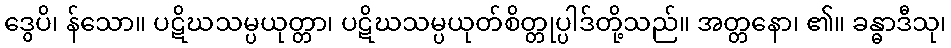
ဒွေပိ၊ န်သော။ ပဋိဃသမ္ပယုတ္တာ၊ ပဋိဃသမ္ပယုတ်စိတ္တုပ္ပါဒ်တို့သည်။ အတ္တနော၊ ၏။ ခန္ဓာဒီသု၊